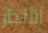
الأنذار